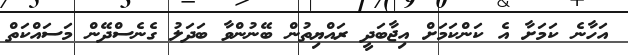
އަހާނެ ކަމަށާ އެ ކަންކަމަށް އިޖާބަދީ ރައްޔިތުން ބޭނުންވާ ބަދަލު ގެނެސްދޭން މަސައްކަތް